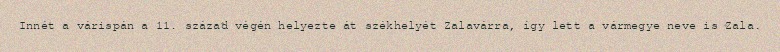
Innét a várispán a 11. század végén helyezte át székhelyét Zalavárra, így lett a vármegye neve is Zala.